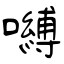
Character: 嚩